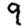
Digit: 9